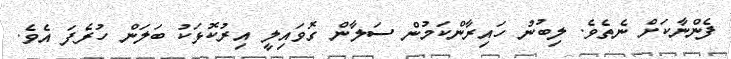
ފެންނާކަށް ނެތެވެ. ލިބުނު ހައިރާންކަމުން ސަލާން ގޮވައިލީ އިރުކޮޅަކު ބަލަން ހުރެފަ އެވެ.